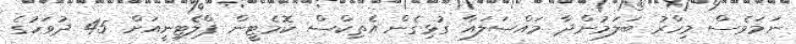
ނަމަވެސް މިހާރު ބަލަމުންދާ މައްސަލައާ ގުޅިގެން އެތިކްސް ކޮމެޓީން ޕްލެޓިނީއަށް 45 ދުވަހުގެ